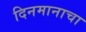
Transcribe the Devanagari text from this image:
दिनमानाचा